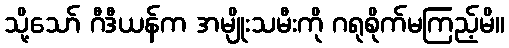
သို့သော် ဂီဒီယန်က အမျိုးသမီးကို ဂရုစိုက်မကြည့်မိ။